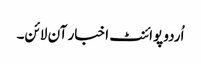
اُردو پوائنٹ اخبار آن لائن۔